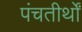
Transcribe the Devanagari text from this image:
पंचतीर्थों